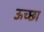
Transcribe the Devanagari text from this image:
ऊच्छा